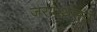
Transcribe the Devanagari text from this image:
जरामर्थसत्रं